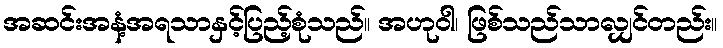
အဆင်းအနံ့အရသာနှင့်ပြည့်စုံသည်။ အဟုဝါ၊ ဖြစ်သည်သာလျှင်တည်း။